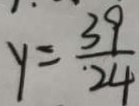
y = \frac { 3 9 } { 2 4 }